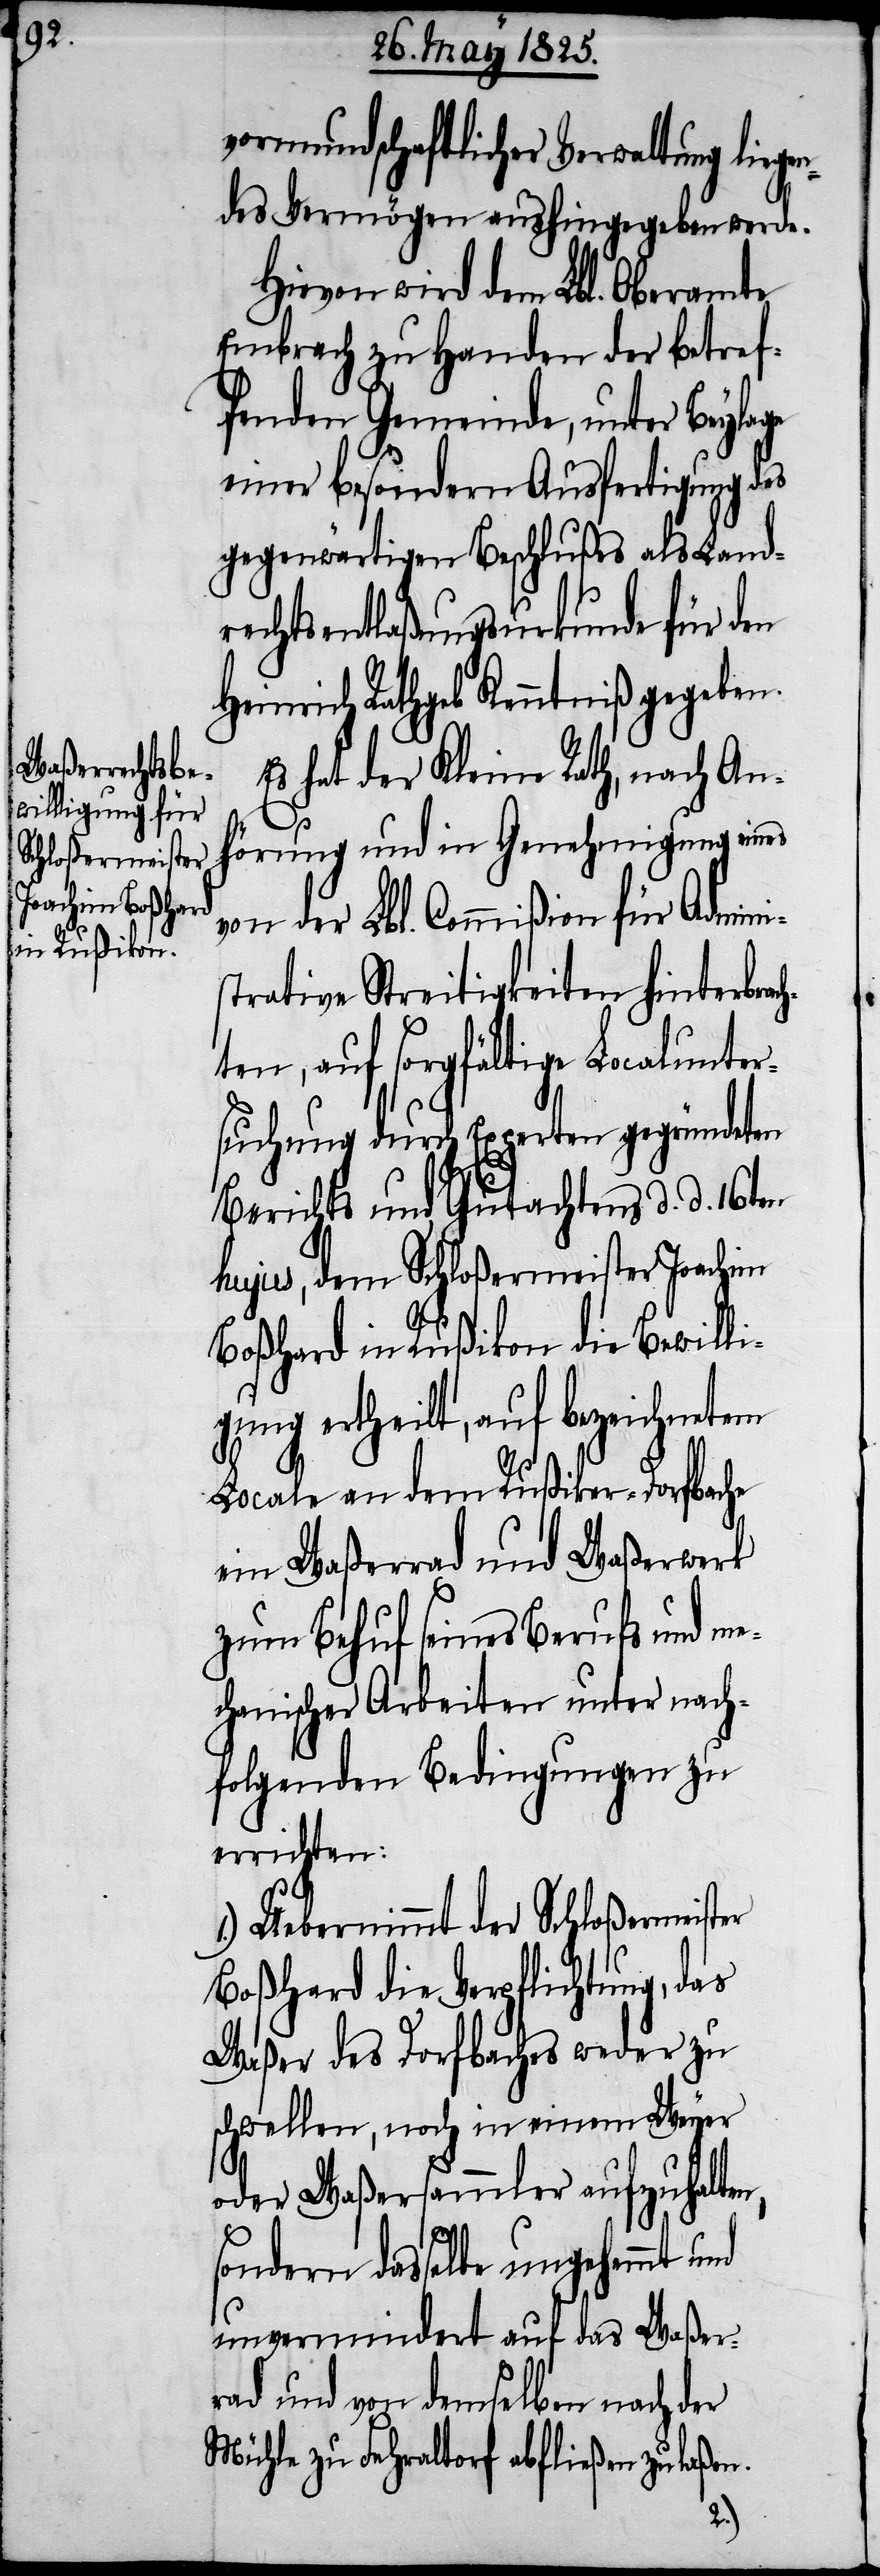
vormundschaftlicher Verwaltung liege¬
ndes Vermögen aushingegeben werde.
Hievon wird dem Lbl. Oberamte
Embrach zu Handen der betref¬
fenden Gemeinde, unter Beylage
einer besondern Ausfertigung des
gegenwärtigen Beschlußes als Land¬
rechtsentlaßungsurkunde für den
Heinrich Rathgeb Kenntniß gegeben.
Es hat der Kleine Rath, nach An¬
hörung und in Genehmigung eines
von der Lbl. Commißion für Admini¬
strative Streitigkeiten hinterbrac¬
hten, auf sorgfältige Localunter¬
suchung durch Experten gegründeten
Berichts und Gutachtens d. d. 16ten
hujus, dem Schloßermeister Joachim
Boßhard in Rußikon die Bewilli¬
gung ertheilt, auf bezeichnetem
Locale an dem Rußiker-Dorfbache
ein Waßerrade und Waßerwerk
zum Behuf seines Berufs und me¬
chanischer Arbeiten unter nach¬
folgenden Bedingungen zu
errichten:
1.) Uebernimmt der Schloßermeister
Boßhard die Verpflichtung, das
Waßer des Dorfbaches weder zu
schwellen, noch in einem Weyer
oder Waßersammler aufzuhalten,
sondern dasselbe ungehemmt
unvermindert auf das Waßer¬
rad und von demselben nach der
Mühle zu Fehraltorf abfließen zu laßen.